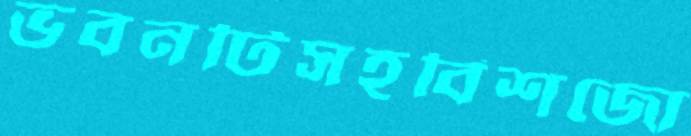
ভবনটিসহবিশজো